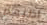
أظنهم